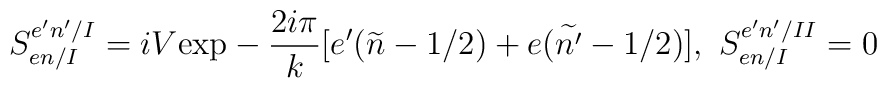
S_{en/I}^{e'n'/I}=iV\mbox{exp}-\frac{2i\pi}{k}[e'(\widetilde{n}-1/2)+e(\widetilde{n'}-1/2)],\ S_{en/I}^{e'n'/II}=0